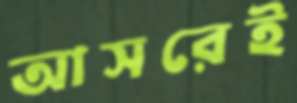
আসরেই